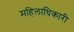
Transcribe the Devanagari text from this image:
महिलाधिकारी